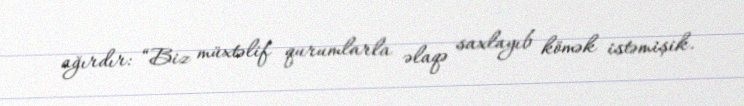
ağırdır: “Biz müxtəlif qurumlarla əlaqə saxlayıb kömək istəmişik.